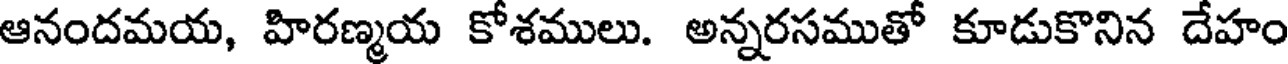
ఆనందమయ, హిరణ్మయ కోశములు. అన్నరసముతో కూడుకొనిన దేహం